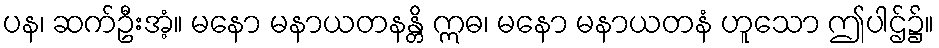
ပန၊ ဆက်ဦးအံ့။ မနော မနာယတနန္တိ ဣဓ၊ မနော မနာယတနံ ဟူသော ဤပါဌ်၌။